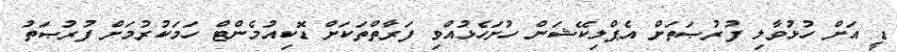
ޑީ އަށް ހުޅުވާލި ފުރުޞަތަށް އެޕްލިކޭޝަން ހުށަހެޅުއްވި ފަރާތްތަކަށް ޑޮކިއުމެންޓް ހަމަކުރުމަށް ފުރުޞަތު